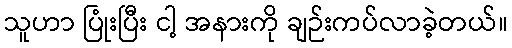
သူဟာ ပြုံးပြီး ငါ့ အနားကို ချဉ်းကပ်လာခဲ့တယ်။